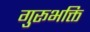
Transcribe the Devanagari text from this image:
गुरूभक्ति